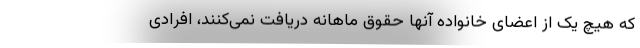
که هیچ یک از اعضای خانواده آنها حقوق ماهانه دریافت نمی‌کنند، افرادی